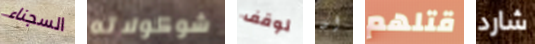
السجناء شوكولاته لوقف ان قتلهم شارد